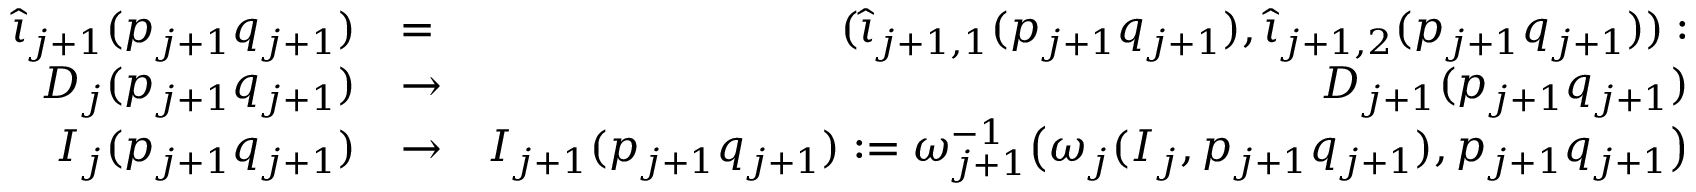
\begin{array} { r l r } { \widehat \iota _ { j { + 1 } } ( p _ { j + 1 } q _ { j + 1 } ) } & { = } & { ( \widehat \iota _ { j { + 1 , } 1 } ( p _ { j + 1 } q _ { j + 1 } ) , \widehat \iota _ { j { + 1 , } 2 } ( p _ { j + 1 } q _ { j + 1 } ) ) : } \\ { D _ { j } ( p _ { j + 1 } q _ { j + 1 } ) } & { \to } & { D _ { j + 1 } ( p _ { j + 1 } q _ { j + 1 } ) } \\ { I _ { j } ( p _ { j + 1 } q _ { j + 1 } ) } & { \to } & { I _ { j + 1 } ( p _ { j + 1 } q _ { j + 1 } ) : = \omega _ { j + 1 } ^ { - 1 } \big ( \omega _ { j } ( I _ { j } , p _ { j + 1 } q _ { j + 1 } ) , p _ { j + 1 } q _ { j + 1 } \big ) } \end{array}